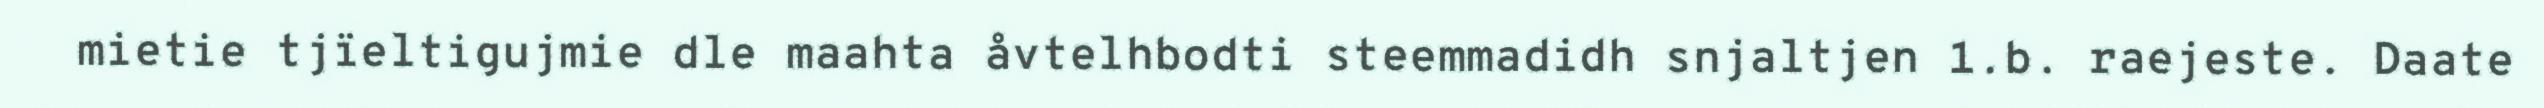
mietie tjïeltigujmie dle maahta åvtelhbodti steemmadidh snjaltjen 1.b. raejeste. Daate